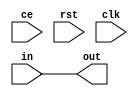
module delay_line #(
        parameter   DELAY = 0,
        parameter   WIDTH = 8
    )(
        input                   ce,
        input                   rst,
        input                   clk,
        input  [WIDTH - 1:0]    in,
        output [WIDTH - 1:0]    out
    );
    wire [WIDTH - 1:0]  chain [DELAY:0];
    assign chain[0] = in;
    assign out  = chain[DELAY];
    
    generate
        genvar i;
        for(i = 0; i < DELAY; i = i + 1)
            latch #(
                .WIDTH(WIDTH)
            )
            lat (
                .ce(ce),
                .rst(rst),
                .clk(clk),
                .in(chain[i]),
                .out(chain[i + 1])
            );
    endgenerate
endmodule